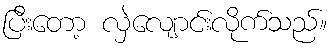
ပြီးတော့ လှဲလျောင်းလိုက်သည်။